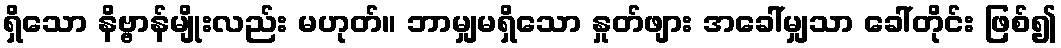
ရှိသော နိဗ္ဗာန်မျိုးလည်း မဟုတ်။ ဘာမျှမရှိသော နှုတ်ဖျား အခေါ်မျှသာ ခေါ်တိုင်း ဖြစ်၍